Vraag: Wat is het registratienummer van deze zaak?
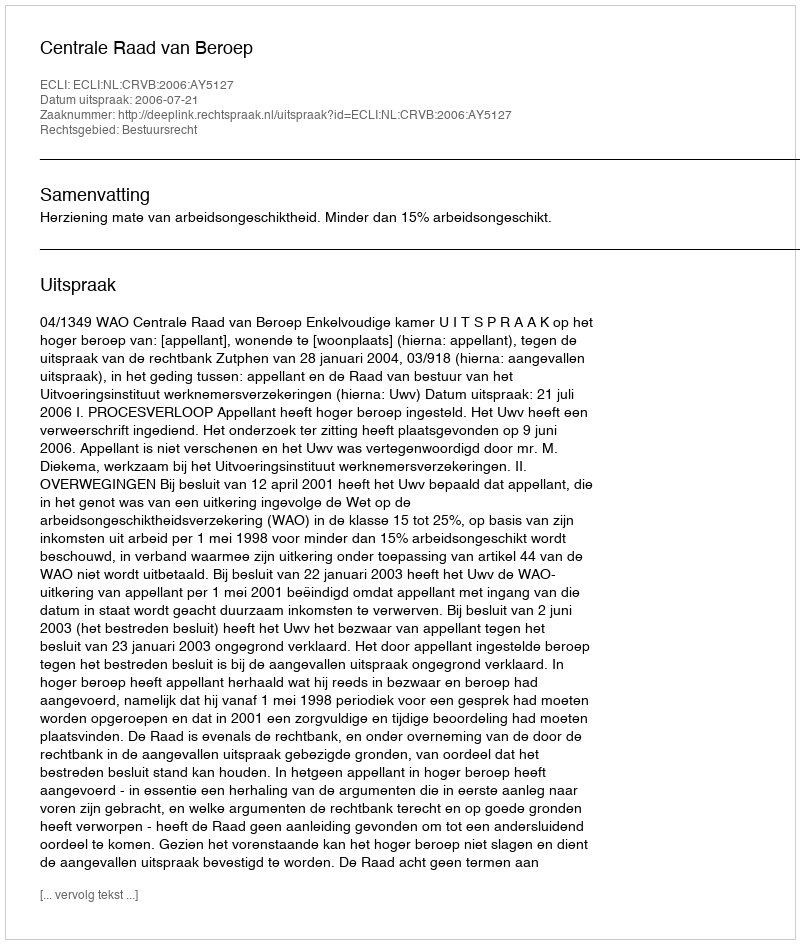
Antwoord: http://deeplink.rechtspraak.nl/uitspraak?id=ECLI:NL:CRVB:2006:AY5127